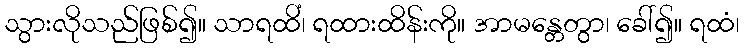
သွားလိုသည်ဖြစ်၍။ သာရထိံ၊ ရထားထိန်းကို။ အာမန္တေတွာ၊ ခေါ်၍။ ရထံ၊